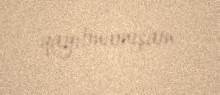
qayıtmamışam.